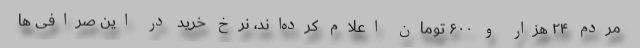
مردم ۲۴ هزار و ۶۰۰ تومان اعلام کرده‌اند، نرخ خرید در این صرافی ها